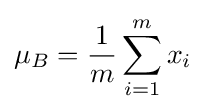
\mu _{B}={\frac {1}{m}}\sum _{i=1}^{m}x_{i}